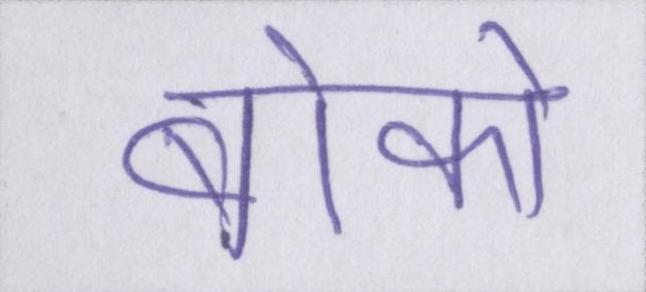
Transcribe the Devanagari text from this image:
बोको